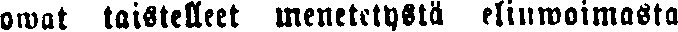
owat taistelleet menetetystä elinwoimasta